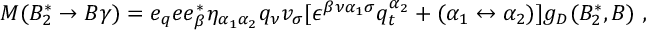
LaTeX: M ( B _ { 2 } ^ { * } \to B \gamma ) = e _ { q } e e _ { \beta } ^ { * } \eta _ { \alpha _ { 1 } \alpha _ { 2 } } q _ { \nu } v _ { \sigma } [ \epsilon ^ { \beta \nu { \alpha _ { 1 } } \sigma } q _ { t } ^ { \alpha _ { 2 } } + ( \alpha _ { 1 } \leftrightarrow \alpha _ { 2 } ) ] g _ { D } ( B _ { 2 } ^ { * } , B ) \; ,